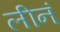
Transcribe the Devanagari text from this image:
लीनं